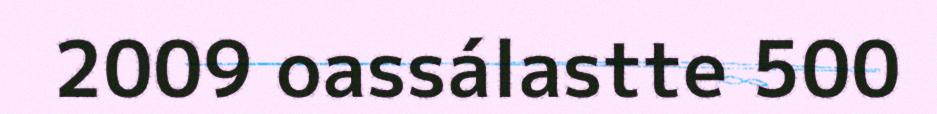
2009 oassálastte 500